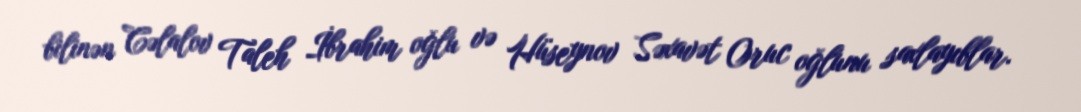
bilinən Cəlalov Taleh İbrahim oğlu və Hüseynov Səxavət Oruc oğlunu saxlayıblar.